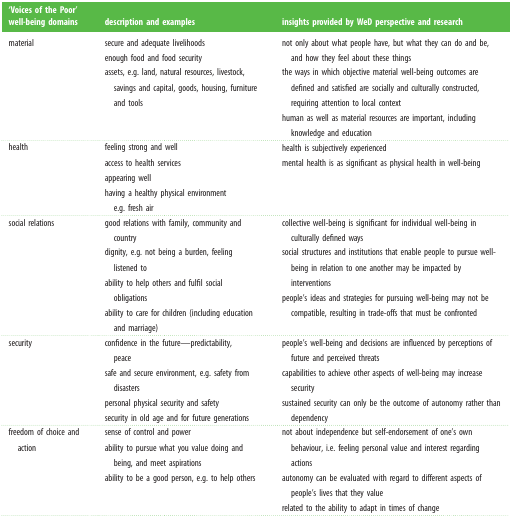
<table><thead><tr><td><b>‘Voices of the Poor’ well-being domains</b></td><td><b>description and examples</b></td><td><b>insights provided by WeD perspective and research</b></td></tr></thead><tbody><tr><td>material</td><td>secure and adequate livelihoodsenough food and food securityassets, e.g. land, natural resources, livestock, savings and capital, goods, housing, furniture and tools</td><td>not only about what people have, but what they can do and be, and how they feel about these things the ways in which objective material well-being outcomes are defined and satisfied are socially and culturally constructed, requiring attention to local contexthuman as well as material resources are important, including knowledge and education</td></tr><tr><td>health</td><td>feeling strong and well access to health servicesappearing well having a healthy physical environment e.g. fresh air</td><td>health is subjectively experienced mental health is as significant as physical health in well-being</td></tr><tr><td>social relations</td><td>good relations with family, community and country dignity, e.g. not being a burden, feeling listened toability to help others and fulfil social obligationsability to care for children (including education and marriage)</td><td>collective well-being is significant for individual well-being in culturally defined wayssocial structures and institutions that enable people to pursue well-being in relation to one another may be impacted by interventionspeople&#x27;s ideas and strategies for pursuing well-being may not be compatible, resulting in trade-offs that must be confronted</td></tr><tr><td>security</td><td>confidence in the future—predictability,peace safe and secure environment, e.g. safety from disasterspersonal physical security and safetysecurity in old age and for future generations</td><td>people&#x27;s well-being and decisions are influenced by perceptions of future and perceived threats capabilities to achieve other aspects of well-being may increase security sustained security can only be the outcome of autonomy rather than dependency</td></tr><tr><td>freedom of choice and action</td><td>sense of control and powerability to pursue what you value doing and being, and meet aspirationsability to be a good person, e.g. to help others</td><td>not about independence but self-endorsement of one&#x27;s own behaviour, i.e. feeling personal value and interest regarding actions autonomy can be evaluated with regard to different aspects of people&#x27;s lives that they value related to the ability to adapt in times of change</td></tr></tbody></table>